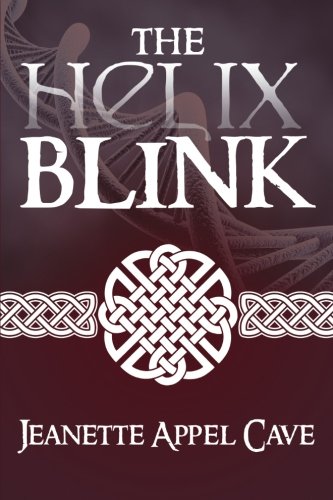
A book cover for The Helix Blink; Jeanette Appel Cave; Science Fiction & Fantasy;